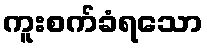
ကူးစက်ခံရသော